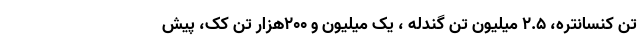
تن کنسانتره، ۲.۵ میلیون تن گندله ، یک میلیون و ۲۰۰هزار تن کک، پیش